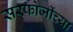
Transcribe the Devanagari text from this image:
सरफोजींच्या